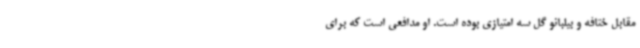
مقابل ختافه و بیلبائو گل سه امتیازی بوده است. او مدافعی است که برای